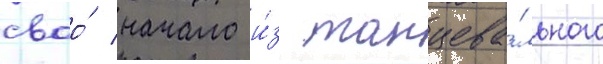
своо́ начало и́з танцева́льного